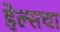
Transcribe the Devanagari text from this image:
हेल्सचा